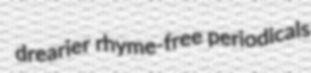
drearier rhyme-free periodicals